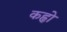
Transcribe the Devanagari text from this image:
कहृो